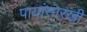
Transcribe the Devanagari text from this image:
पायांसारखी